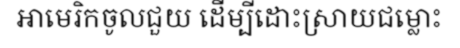
អាមេរិកចូលជួយ ដើម្បីដោះស្រាយជម្លោះ